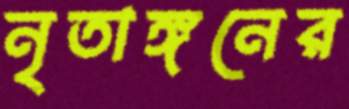
নৃতাঙ্গনের